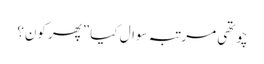
چوتھی مرتبہ سوال کیا ”پھر کون؟